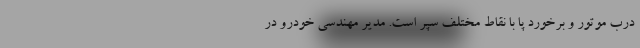
درب موتور و برخورد پا با نقاط مختلف سپر است. مدیر مهندسی خودرو در